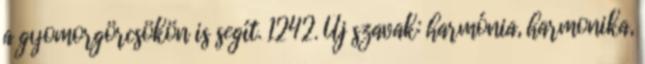
a gyomorgörcsökön is segít. 1242. Új szavak: harmónia, harmonika,